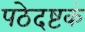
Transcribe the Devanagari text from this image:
पठेदष्टकं